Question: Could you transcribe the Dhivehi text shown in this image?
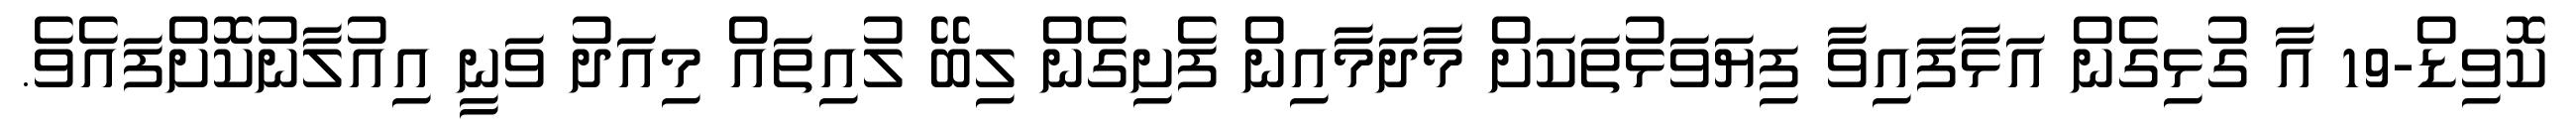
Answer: ކޮވިޑް-19 އާ ގުޅިގެން އަޅާފައިވާ ފިޔަވަޅުތަކަށް މާދަމާއިން ފެށިގެން ލިބޭ ލުއިތައް މިއަދު ވަނީ އިއުލާނުކޮށްފައެވެ.